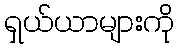
ရှယ်ယာများကို